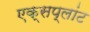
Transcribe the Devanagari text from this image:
एक्सप्लांट